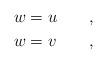
LaTeX: \begin{align*} &w=u\qquad,\\ &w=v\qquad, \end{align*}